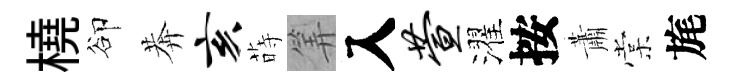
橈卻莾亥蒔筭入萱濯按蕭棠旄